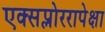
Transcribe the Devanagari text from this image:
एक्सप्लोररापेक्षा